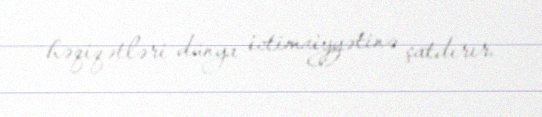
həqiqətləri dünya ictimaiyyətinə çatdırır.